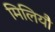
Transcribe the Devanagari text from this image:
मिलियौ